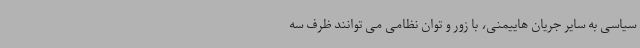
سیاسی به سایر جریان هاییمنی، با زور و توان نظامی می توانند ظرف سه